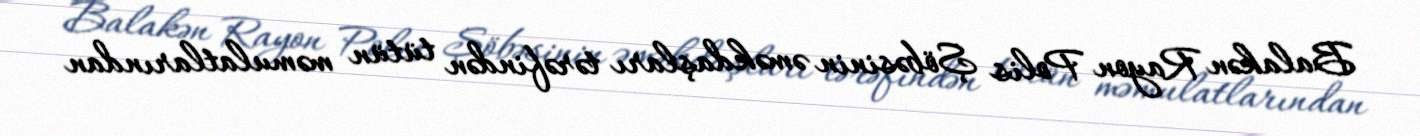
Balakən Rayon Polis Şöbəsinin əməkdaşları tərəfindən tütün məmulatlarından